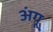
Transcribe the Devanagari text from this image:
अंगू